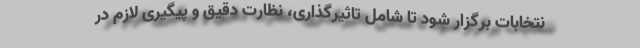
نتخابات برگزار شود تا شامل تاثیرگذاری، نظارت دقیق و پیگیری لازم در